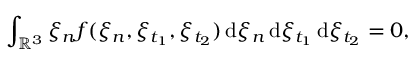
\int _ { \mathbb { R } ^ { 3 } } \xi _ { n } f ( \xi _ { n } , \xi _ { t _ { 1 } } , \xi _ { t _ { 2 } } ) \, \mathrm { d } \xi _ { n } \, \mathrm { d } \xi _ { t _ { 1 } } \, \mathrm { d } \xi _ { t _ { 2 } } = 0 ,